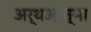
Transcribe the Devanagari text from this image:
अर्थआत्मा